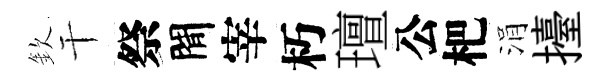
欽干祭閒宰朽璮公杷涓擡